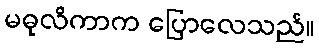
မဓုလိကာက ပြောလေသည်။